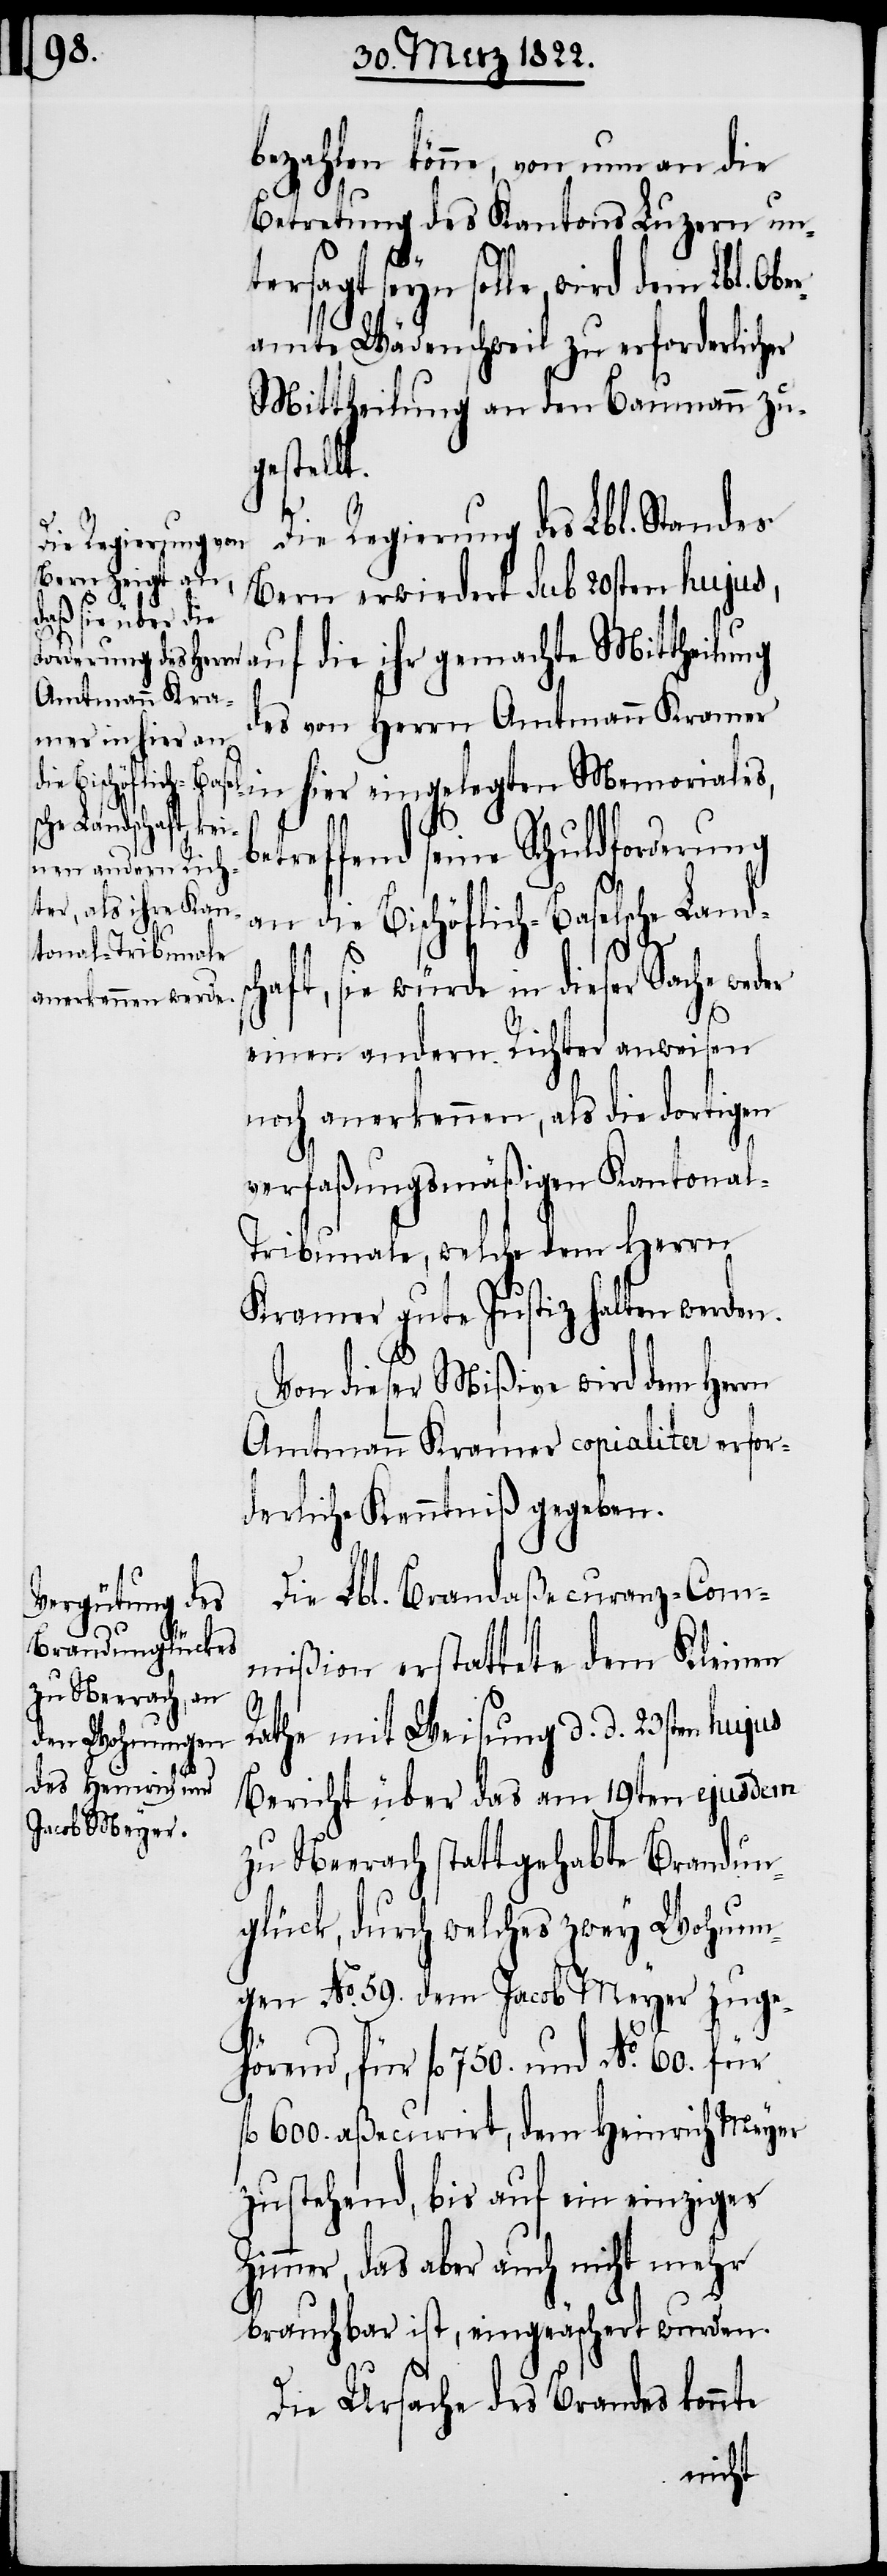
bezahlen könne, von nun an die
Betretung des Kantons Luzern un¬
f¬
tersagt seyn solle, wird dem Lbl. Obe¬
ramte Wädenschweil zu erforderlicher
Mittheilung an den Baumann zu¬
gestellt.
Die Regierung des Lbl. Standes
Bern erwiedert sub 20sten hujus,
auf die ihr gemachte Mittheilung
des von Herrn Amtmann Kramer
in hier eingelegten Memorials,
seine Schuldforderung
an die Bischöflich-Baselsche Lands¬
chaft, sie würde dieser Sache weder
einen andern Richter anweisen
noch anerkennen, als die dortigen
verfaßungsmäßigen Kantona¬
l-Tribunale, welche dem Herrn
Kramer gute Justiz halten werden.
Von dieser Mißive wird dem Herrn
Amtmann Kramer copialiter erfor¬
derliche Kenntniß gegeben.
Die Lbl. Brandaßecuranz-Com¬
mißion erstattete dem Kleinen
Rathe mit Weisung d. d. 23sten hujus
Bericht über das am 19ten ejusdem
zu Neerach stattgehabte Brandun¬
glück, durch welches zwey Wohnun¬
gen No. 59. dem Jacob Meyer zuge¬
hörend, für fl. 750. und No. 60. für
l. 600. aßecurirt, dem Heinrich Meyer
zustehend, bis auf ein einziges
Zimmer, das aber auch nicht mehr
brauchbar ist, eingeäschert wurden.
Die Ursache des Brandes konnte